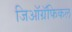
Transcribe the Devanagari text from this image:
जिऑग्रॅफिकल